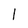
Character: l